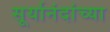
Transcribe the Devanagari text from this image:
सूर्यानंदांच्या